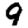
Digit: 9